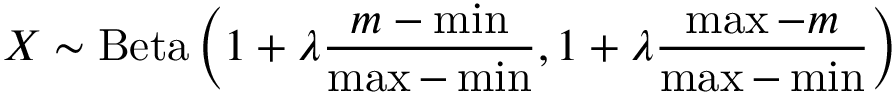
X \sim \operatorname { B e t a } \left( 1 + \lambda { \frac { m - \operatorname* { m i n } } { \operatorname* { m a x } - \operatorname* { m i n } } } , 1 + \lambda { \frac { \operatorname* { m a x } - m } { \operatorname* { m a x } - \operatorname* { m i n } } } \right)